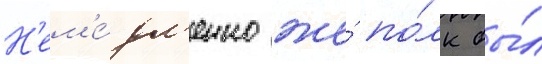
Н'ем'е́дл'енно же́ по́лк бы́л